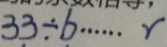
3 3 \div b \cdots r